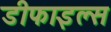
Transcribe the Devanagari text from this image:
डीफाइल्स